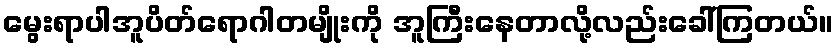
မွေးရာပါအူပိတ်ရောဂါတမျိုးကို အူကြီးနေတာလို့လည်းခေါ်ကြတယ်။